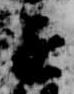
遂